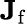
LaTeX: \mathbf{J}_{\mathrm{f}}